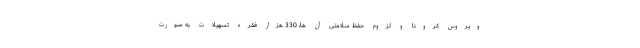
ویروس کرونا و لزوم حفظ سلامتی آن ها، 330 هزار فقره تسهیلات به صورت